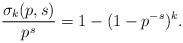
LaTeX: \begin{align*} \frac{\sigma_{k}(p,s)}{p^s} = 1- ( 1- p^{-s} )^{k}. \end{align*}